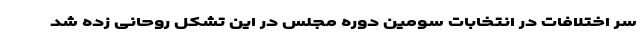
سر اختلافات در انتخابات سومین دوره مجلس در این تشکل روحانی زده شد